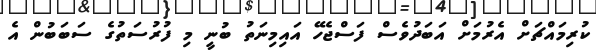
ކުރިމައްޗަށް އެރުމަށް އަބަދުވެސް ފަސްޖެހޭ އައިމިނަތު ބުނީ މި ފުރުސަތުގެ ސަބަބުން އެ